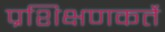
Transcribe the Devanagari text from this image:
प्रशिक्षणकर्ते